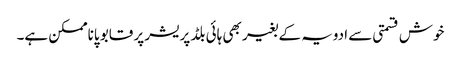
خوش قسمتی سے ادویہ کے بغیر بھی ہائی بلڈ پریشر پر قابو پاناممکن ہے۔